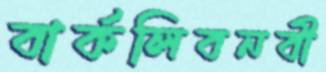
বার্কলিবনবী